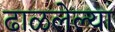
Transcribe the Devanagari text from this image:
ढाळलेल्या